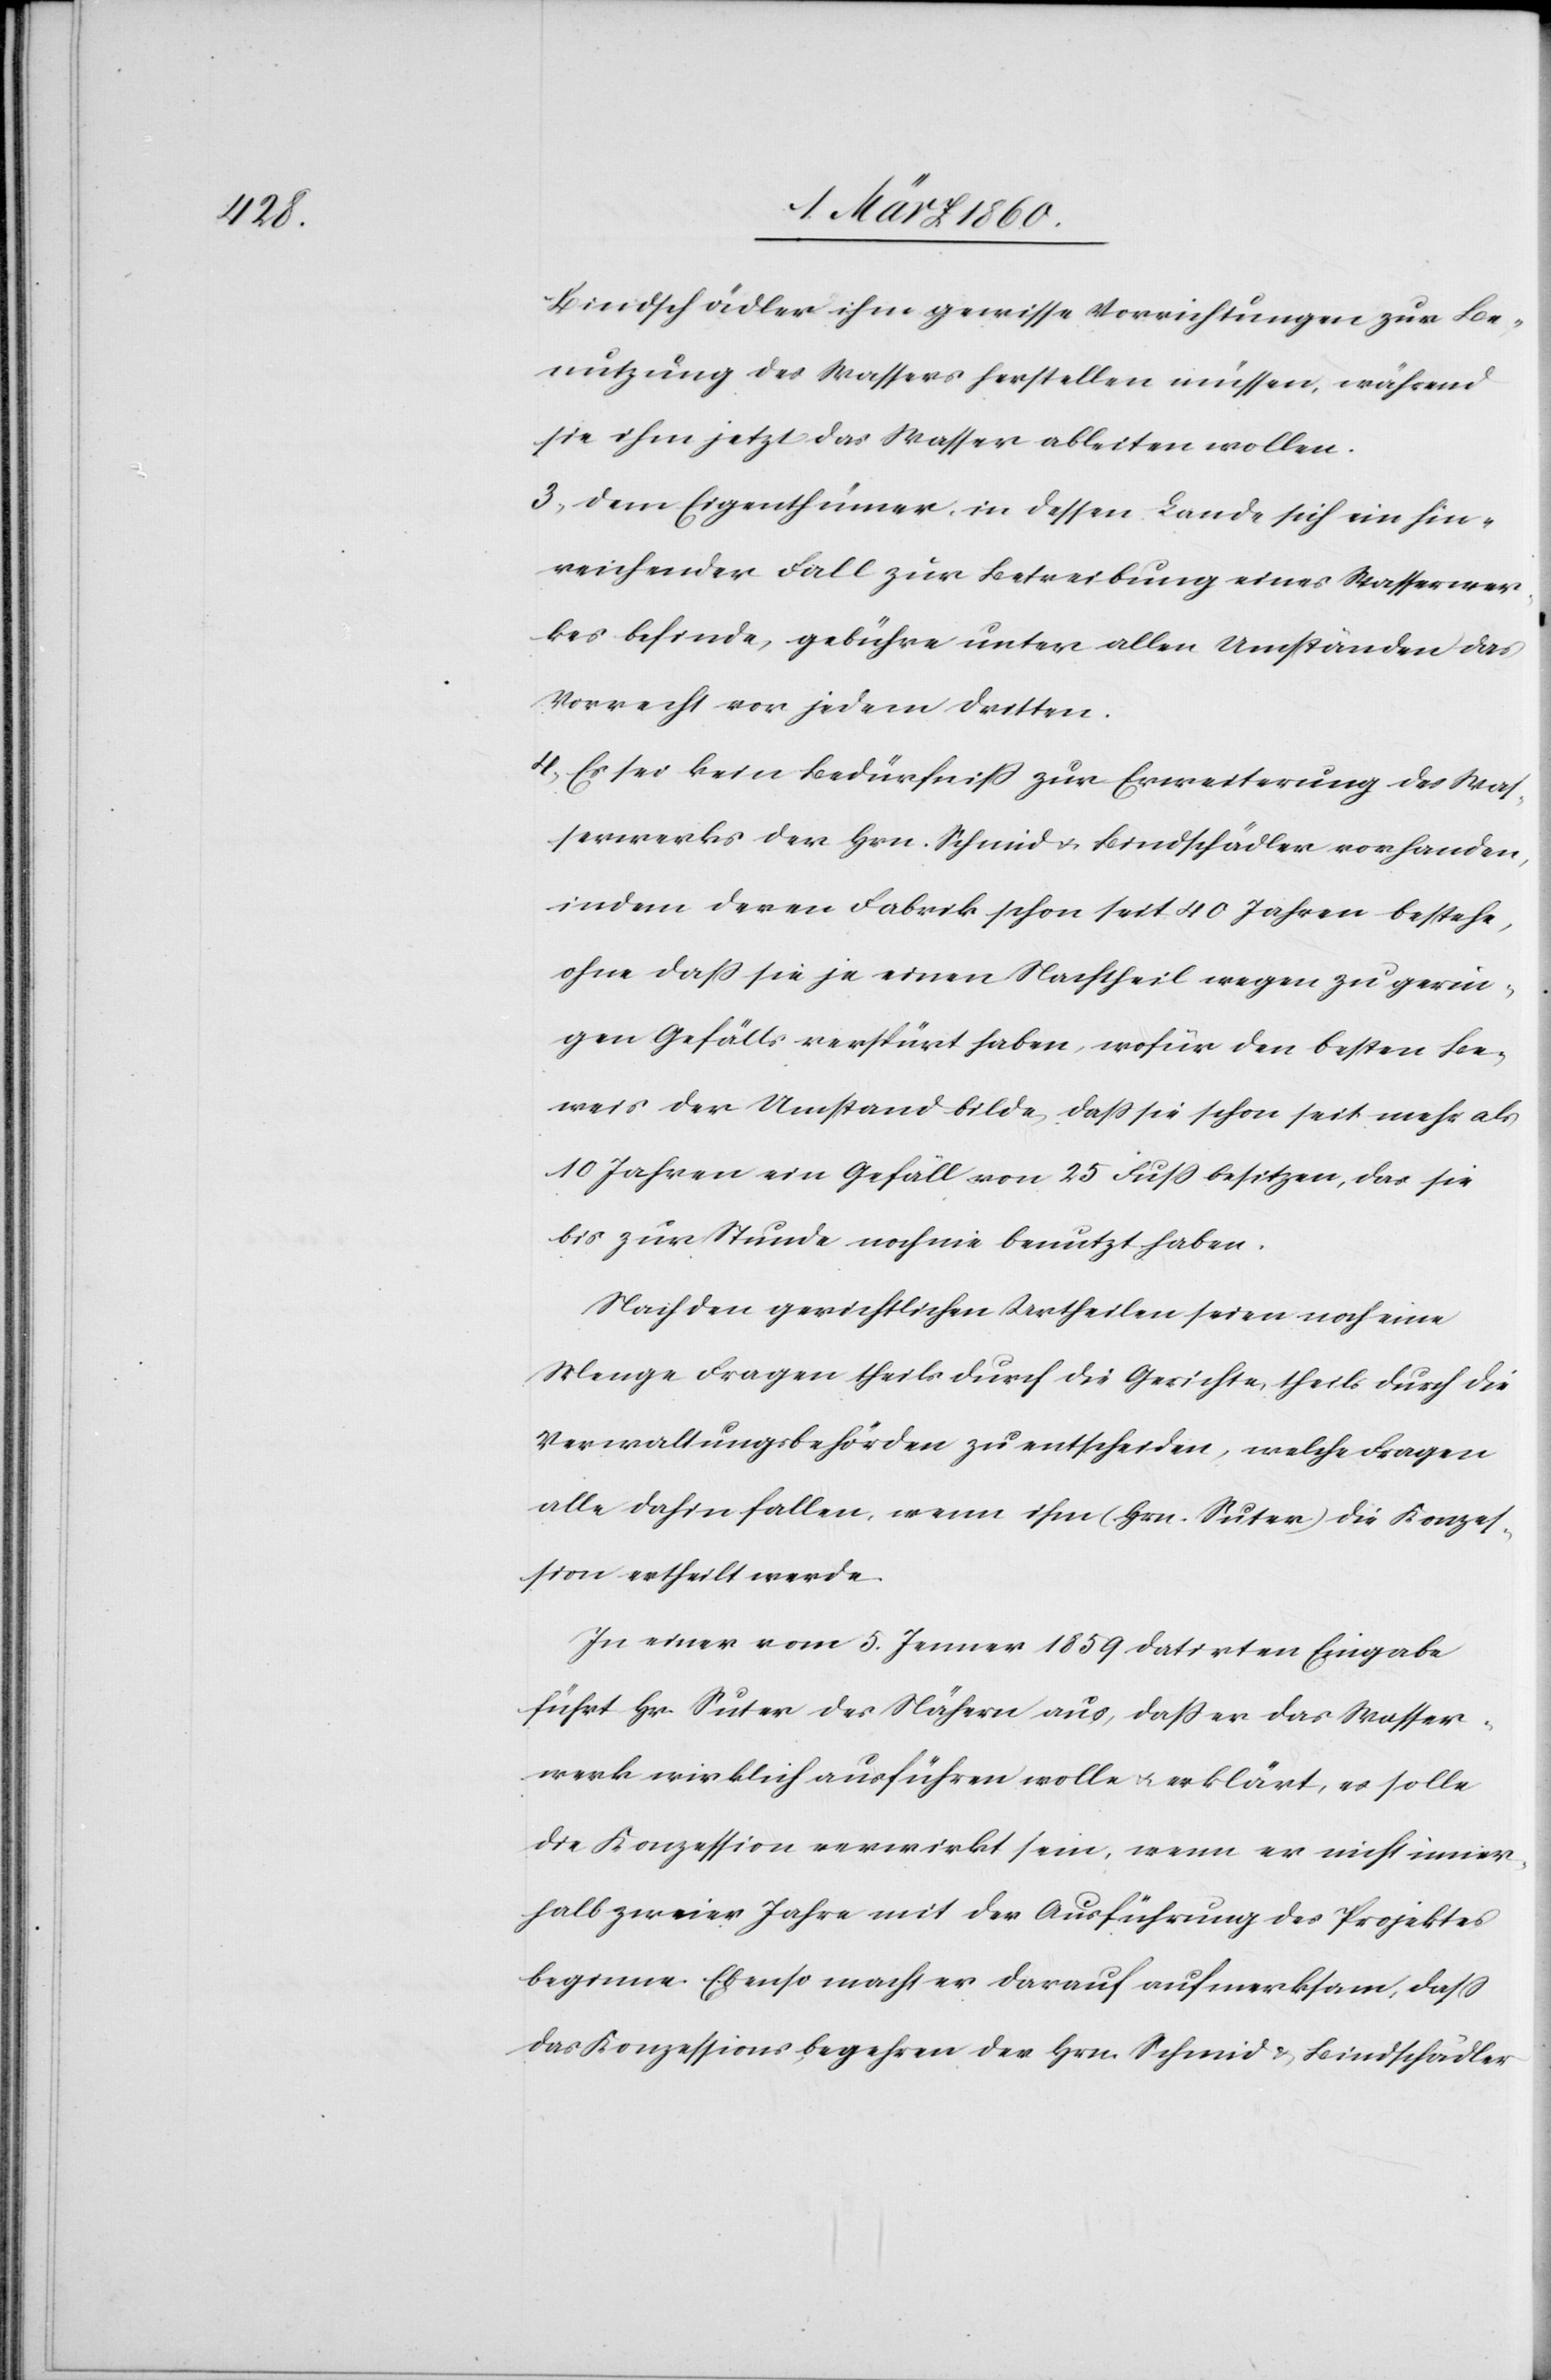
Bindschädler ihm gewisse Vorrichtungen zur Be¬
nutzung des Wassers herstellen müssen, während
sie ihm jetzt das Wasser ableiten wollen.
3. Dem Eigenthümer in dessen Lande sich ein hin¬
reichender Fall zur Betreibung eines Wasserwer¬
kes befinde, gebühre unter allen Umständen das
Vorrecht vor jedem Dritten.
4. Es sei kein Bedürfniss zur Erweiterung des Was¬
serwerks der Hrn. Schmid u. Bindschädler vorhanden,
indem deren Fabrik schon seit 40 Jahren bestehe,
ohne dass sie je einen Nachtheil wegen zu gerin¬
gen Gefälls verspürt haben, wofür den besten Be¬
weis der Umstand bilde, dass sie schon seit mehr als
10 Jahren ein Gefäll von 25 Fuss besitzen, das sie
bis zur Stunde noch nie benutzt haben.
Nach dem gerichtlichen Urtheilen seien noch eine
Menge Fragen theils durch die Gerichte, theils durch die
Verwaltungsbehörden zu entscheiden, welche Fragen
alle dahin fallen, wenn ihm (Hr. Suter) die Konzes¬
sion ertheilt werde.
In einer vom 5. Jenner 1859 datirten Eingabe
führt Hr. Suter des nähern aus, dass er das Wasser¬
werk wirklich ausführen wolle u. erklärt, es solle
die Konzession verwirkt sein, wenn er nicht inner¬
halb zweier Jahre mit der Ausführung des Projektes
beginne. Ebenso macht er darauf aufmerksam, dass
das Konzessionsbegehren der Hrn. Schmied u. Bindschädler